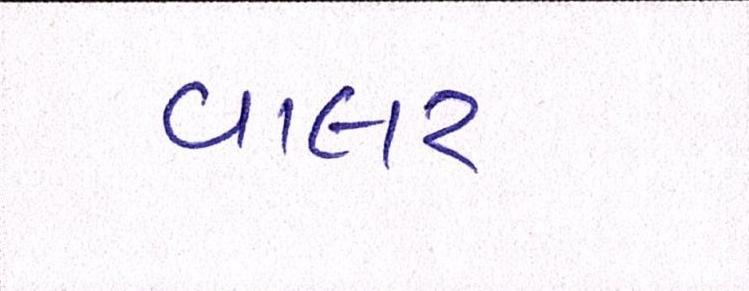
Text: વાલર